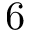
6